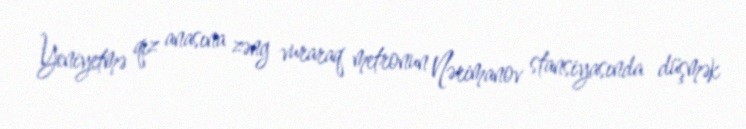
Yeniyetmə qız anasına zəng vuraraq metronun Nərimanov stansiyasında düşmək